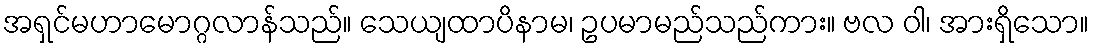
အရှင်မဟာမောဂ္ဂလာန်သည်။ သေယျထာပိနာမ၊ ဥပမာမည်သည်ကား။ ဗလ ဝါ၊ အားရှိသော။